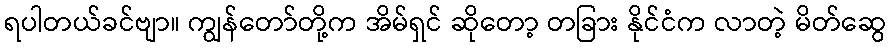
ရပါတယ်ခင်ဗျာ။ ကျွန်တော်တို့က အိမ်ရှင် ဆိုတော့ တခြား နိုင်ငံက လာတဲ့ မိတ်ဆွေ